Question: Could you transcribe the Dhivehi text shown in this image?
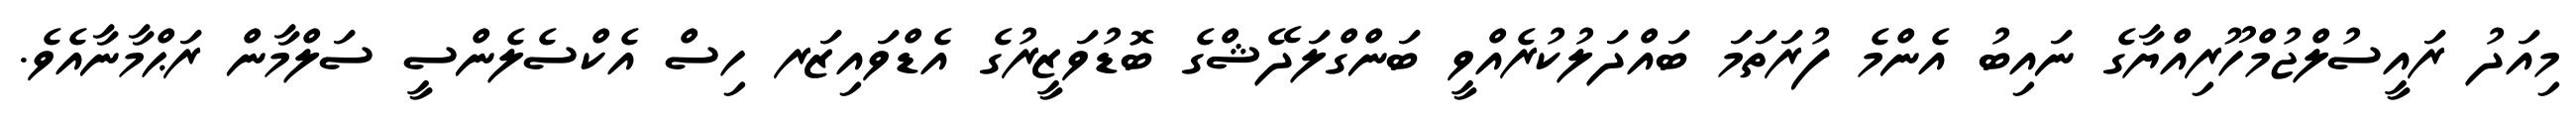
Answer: މިއަދު ރައީސުލްޖުމްހޫރިއްޔާގެ ނައިބު އެންމެ ފުރަތަމަ ބައްދަލުކުރެއްވީ ބަންގްލަދޭޝްގެ ބޮޑުވަޒީރުގެ އެޑްވައިޒަރ ހިސް އެކްސެލެންސީ ސަލްމާން ރަޙްމާނާއެވެ.